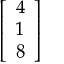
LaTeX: \left[ \begin{array} { l } { 4 } \\ { 1 } \\ { 8 } \end{array} \right]